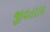
જીવતરામ